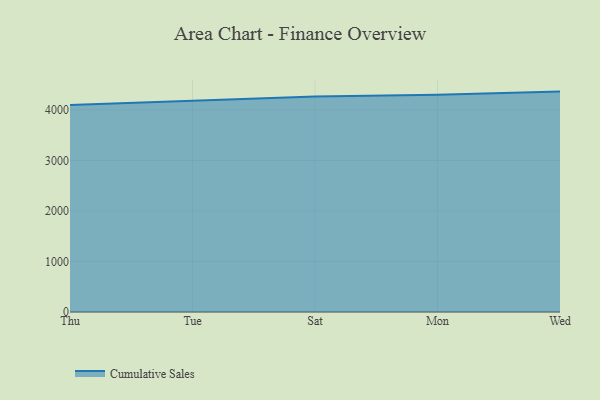
{"axis": {"x": "Day", "y": "Revenue (USD Million)"}, "legend": ["Cumulative Sales"], "data": [{"x": "Thu", "y": 4099.9, "type": "Cumulative Sales"}, {"x": "Tue", "y": 4185.0, "type": "Cumulative Sales"}, {"x": "Sat", "y": 4266.8, "type": "Cumulative Sales"}, {"x": "Mon", "y": 4299.9, "type": "Cumulative Sales"}, {"x": "Wed", "y": 4364.3, "type": "Cumulative Sales"}]}